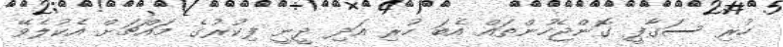
ހުރި ސަގާފީ ގޮންޖެހުންތައް އެބަ ހުރި އަދި ދީނީ ފިކުރުގެ މައްޗަށް އެކުލެވޭ